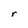
Character: r